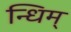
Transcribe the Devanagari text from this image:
न्धिम्